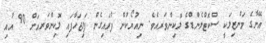
އޭނާގެ މަންޒިލަކީ ސްކޮޓްލެންޑްގެ ލޮކިންވަރއެވެ. ނިއުޔޯކުން ފުރައިގެން ފަލިޖަހާފައި ލޮކިންވަރއަށް 90 އާއި